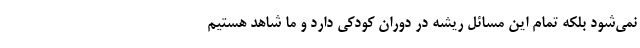
نمی‌شود بلکه تمام این مسائل ریشه در دوران کودکی دارد و ما شاهد هستیم